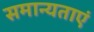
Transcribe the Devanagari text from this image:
समान्यताएं